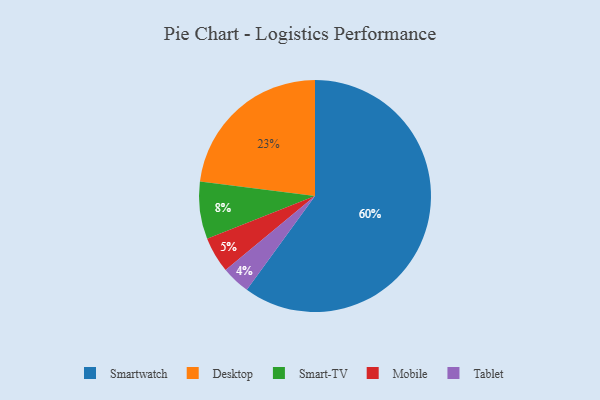
{"axis": {"x": "Category", "y": "Percentage"}, "legend": ["Desktop", "Mobile", "Smart-TV", "Smartwatch", "Tablet"], "data": [{"x": "Mobile", "y": 5, "type": "Mobile"}, {"x": "Smartwatch", "y": 60, "type": "Smartwatch"}, {"x": "Smart-TV", "y": 8, "type": "Smart-TV"}, {"x": "Desktop", "y": 23, "type": "Desktop"}, {"x": "Tablet", "y": 4, "type": "Tablet"}]}